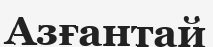
Азғантай